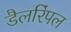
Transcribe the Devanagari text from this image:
डैलरिंपल